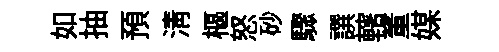
如抽預淸樞怒砂驟譔轄董媒